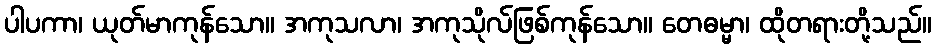
ပါပကာ၊ ယုတ်မာကုန်သော။ အကုသလာ၊ အကုသိုလ်ဖြစ်ကုန်သော။ တေဓမ္မာ၊ ထိုတရားတို့သည်။